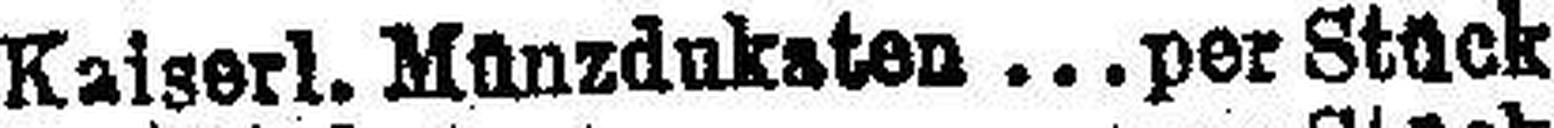
Kalserl. Münzdukaton  per Stück